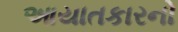
આયાતકારનો